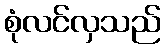
စုံလင်လှသည်